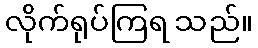
လိုက်ရုပ်ကြရ သည်။